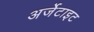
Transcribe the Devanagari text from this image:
अर्जेटाइट